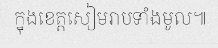
ក្នុងខេត្តសៀមរាបទាំងមូល៕